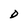
Character: D